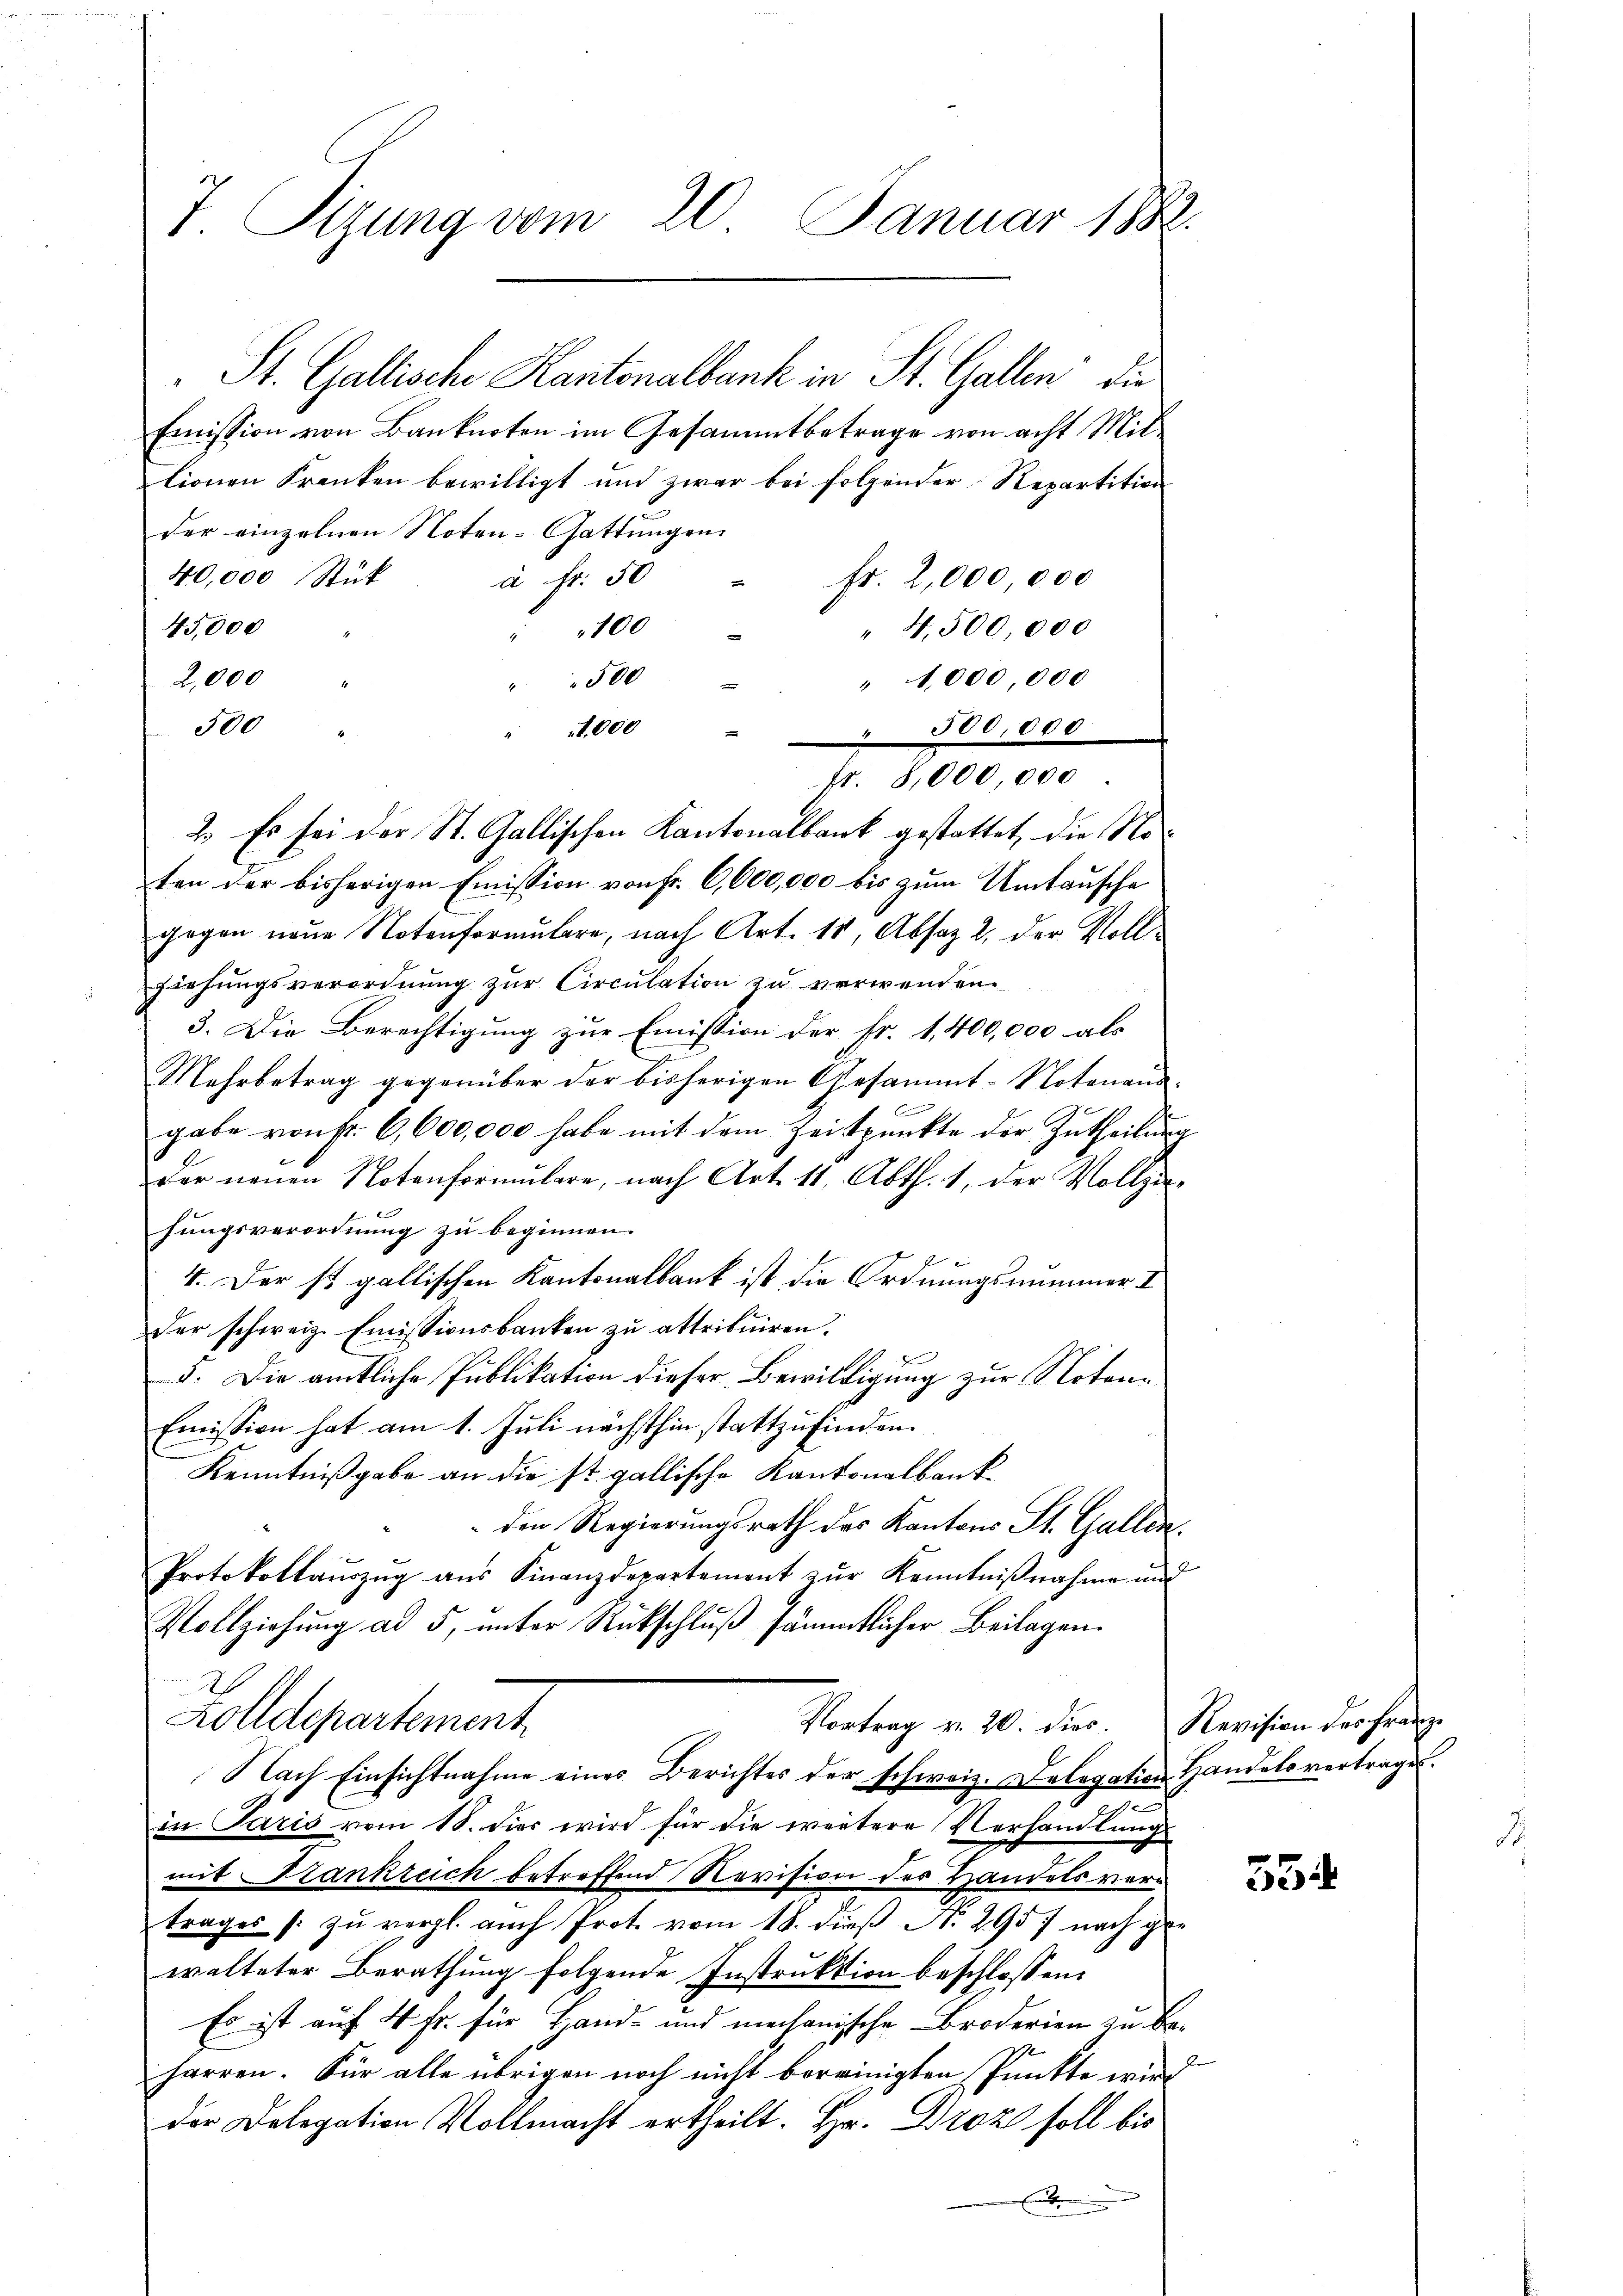
T. Sizung vom 20. Januar 1882.

St. Gallische Kantonalbank in St. Gallen, die
Emission von Banknoten im Gesammtbetrage von acht Mittionen Kranken bewilligt und zwar bei folgender Repartition
der einzelnen Noten-Gattungen
40,000 Stück
à Fr. 50 " fr. 2,000,000
45,000
100
" 4,500,000
2,000
" 41,000,000
500
500
t. 000
 500,000
2. Es sei der St. Gallischen Kantonalbank gestattet, die Noten der bisherigen Emission von Fr. 6,600,000 bis zum Umtausche
gegen neue Notenformulare, nach Art. 11, Absaz 2, der Vollziehungsverordnung zur Circulation zu verwenden.
3. Die Berechtigung zur Emission der Fr. 1,400,000 als
Mehrbetrag gegenüber der bisherigen Gesammt-Notenaud-
gabe von fr. 6,600,000 habe mit dem Zeitpunkte der Zutheilung
der neŭen Notenformŭlare, nach Art. 11, Abth. 1, der Vollzie-
fungsverordnung zu beginnen.
4. Der ist gallischen Kantonalbank ist die Ordnungsnummer I
der schweiz. Emissionsbanken zu attribuiren.
5. Die amtliche Publikation dieser Bewildigung zur Notari¬
Emission hat am 1. Juli nächsthin stattzufinden.
Kenntnißgabe an die st. gallische Kantonalbank¬
 den Regierungsrath des Kantons St. Gallen,
Protokollaŭszŭg aŭs Finanzdepartement zŭr Kenntniβnahme und
Vollziehung ad 5, unter Rückschluß sämmtlicher Beilagen.
h
Zolldepartement
Vortrag v. 20. dies. Revision des Franz
Nach Einsichtnahme eines Berichtes der schweiz. Delegation Handels vertrages.
in Paris vom 18. dies wird für die weitere Verhandlung
mit Krankreich betreffend Revision des Handels vertrages /: zu vergl. auch Prot vom 18. dieß N. 2957 nach gewalteter Berathung folgende Instruktion beschlossen:
Es ist auf 4 Fr. für Hand- und mechanische Broderien zu beharren. Für alle übrigen noch nicht bereinigten Punkte wird
der Delegation Vollmacht ertheilt. Hr. Droz soll bis
Eme

fr. 8,000,000.

ih

55